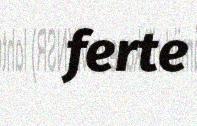
ferte